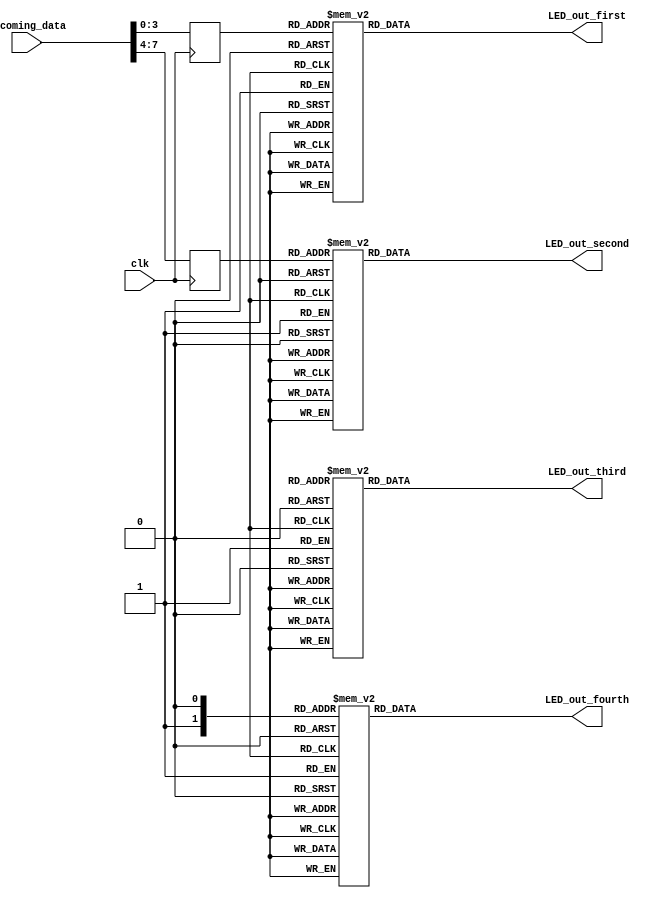
module result(clk,incoming_data,LED_out_first,LED_out_second,LED_out_third,LED_out_fourth);

input clk;
input [7:0] incoming_data;

output reg[6:0] LED_out_first,LED_out_second,LED_out_third,LED_out_fourth; //7 segmentS
reg [3:0] LED_BCD [3:0]; //bcd

always @(posedge clk)
begin

		LED_BCD[0]<=incoming_data[3:0];
		LED_BCD[1]<=incoming_data[7:4];
end

always @(*)
begin
 case(LED_BCD[0])
 4'b0000: LED_out_first = 7'b1000000; // "0"  
 4'b0001: LED_out_first = 7'b1111001; // "1" 
 4'b0010: LED_out_first = 7'b0100100; // "2" 
 4'b0011: LED_out_first = 7'b0110000; // "3" 
 4'b0100: LED_out_first = 7'b0011001; // "4" 
 4'b0101: LED_out_first = 7'b0010010; // "5" 
 4'b0110: LED_out_first = 7'b0000010; // "6" 
 4'b0111: LED_out_first = 7'b1111000; // "7" 
 4'b1000: LED_out_first = 7'b0000000; // "8"  
 4'b1001: LED_out_first = 7'b0010000; // "9" 
 4'b1010: LED_out_first = 7'b0001000; // "A" 
 4'b1011: LED_out_first = 7'b0000011; // "B" 
 4'b1100: LED_out_first = 7'b1000110; // "C" 
 4'b1101: LED_out_first = 7'b0100001; // "D" 
 4'b1110: LED_out_first = 7'b0000110; // "E"
 4'b1111: LED_out_first = 7'b0001110; // "F" 
 default: LED_out_first = 7'b1000000; // "0"
 endcase
end


always @(*)
begin
 case(LED_BCD[1])
 4'b0000: LED_out_second = 7'b1000000; // "0"  
 4'b0001: LED_out_second = 7'b1111001; // "1" 
 4'b0010: LED_out_second = 7'b0100100; // "2" 
 4'b0011: LED_out_second = 7'b0110000; // "3" 
 4'b0100: LED_out_second = 7'b0011001; // "4" 
 4'b0101: LED_out_second = 7'b0010010; // "5" 
 4'b0110: LED_out_second = 7'b0000010; // "6" 
 4'b0111: LED_out_second = 7'b1111000; // "7" 
 4'b1000: LED_out_second = 7'b0000000; // "8"  
 4'b1001: LED_out_second = 7'b0010000; // "9" 
 4'b1010: LED_out_second = 7'b0001000; // "A" 
 4'b1011: LED_out_second = 7'b0000011; // "B" 
 4'b1100: LED_out_second = 7'b1000110; // "C" 
 4'b1101: LED_out_second = 7'b0100001; // "D" 
 4'b1110: LED_out_second = 7'b0000110; // "E"
 4'b1111: LED_out_second = 7'b0001110; // "F" 
 default: LED_out_second = 7'b1000000; // "0"
 endcase
end

always @(*)
begin
 case(LED_BCD[2])
 4'b0000: LED_out_third = 7'b1000000; // "0"  
 4'b0001: LED_out_third = 7'b1111001; // "1" 
 4'b0010: LED_out_third = 7'b0100100; // "2" 
 4'b0011: LED_out_third = 7'b0110000; // "3" 
 4'b0100: LED_out_third = 7'b0011001; // "4" 
 4'b0101: LED_out_third = 7'b0010010; // "5" 
 4'b0110: LED_out_third = 7'b0000010; // "6" 
 4'b0111: LED_out_third = 7'b1111000; // "7" 
 4'b1000: LED_out_third = 7'b0000000; // "8"  
 4'b1001: LED_out_third = 7'b0010000; // "9" 
 4'b1010: LED_out_third = 7'b0001000; // "A" 
 4'b1011: LED_out_third = 7'b0000011; // "B" 
 4'b1100: LED_out_third = 7'b1000110; // "C" 
 4'b1101: LED_out_third = 7'b0100001; // "D" 
 4'b1110: LED_out_third = 7'b0000110; // "E"
 4'b1111: LED_out_third = 7'b0001110; // "F" 
 default: LED_out_third = 7'b1000000; // "0"
 endcase
end

always @(*)
begin
 case(LED_BCD[3])
 4'b0000: LED_out_fourth = 7'b1000000; // "0"  
 4'b0001: LED_out_fourth = 7'b1111001; // "1" 
 4'b0010: LED_out_fourth = 7'b0100100; // "2" 
 4'b0011: LED_out_fourth = 7'b0110000; // "3" 
 4'b0100: LED_out_fourth = 7'b0011001; // "4" 
 4'b0101: LED_out_fourth = 7'b0010010; // "5" 
 4'b0110: LED_out_fourth = 7'b0000010; // "6" 
 4'b0111: LED_out_fourth = 7'b1111000; // "7" 
 4'b1000: LED_out_fourth = 7'b0000000; // "8"  
 4'b1001: LED_out_fourth = 7'b0010000; // "9" 
 4'b1010: LED_out_fourth = 7'b0001000; // "A" 
 4'b1011: LED_out_fourth = 7'b0000011; // "B" 
 4'b1100: LED_out_fourth = 7'b1000110; // "C" 
 4'b1101: LED_out_fourth = 7'b0100001; // "D" 
 4'b1110: LED_out_fourth = 7'b0000110; // "E"
 4'b1111: LED_out_fourth = 7'b0001110; // "F" 
 default: LED_out_fourth = 7'b1000000; // "0"
 
 endcase
end


endmodule